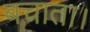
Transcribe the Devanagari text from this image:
बचाता।